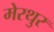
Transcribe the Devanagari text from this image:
मेरथुर